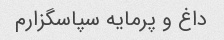
داغ و پرمایه سپاسگزارم